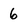
Character: 6